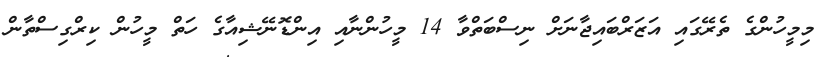
މިމީހުންގެ ތެރޭގައި އަޒަރްބައިޖާނަށް ނިސްބަތްވާ 14 މީހުންނާއި އިންޑޮނޭޝިއާގެ ހަތް މީހުން ކިރްގިސްތާން